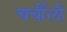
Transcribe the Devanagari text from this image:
चर्चीली